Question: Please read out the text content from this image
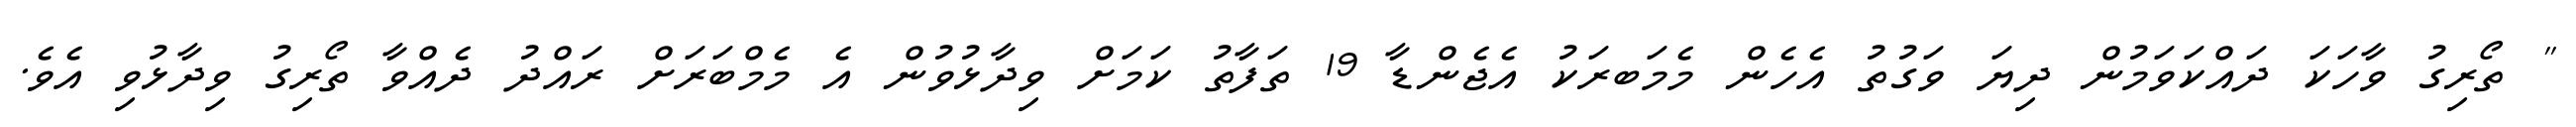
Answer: " ތޯރިގު ވާހަކަ ދައްކަވަމުން ދިޔަ ވަގުތު އެހެން މެމަބރަކު އެޖެންޑާ 19 ތަފާތު ކަމަށް ވިދާޅުވުން އެ މެމްބަރަށް ރައްދު ދެއްވާ ތޯރިގު ވިދާޅުވި އެވެ.